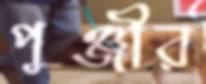
পুঞ্জীর